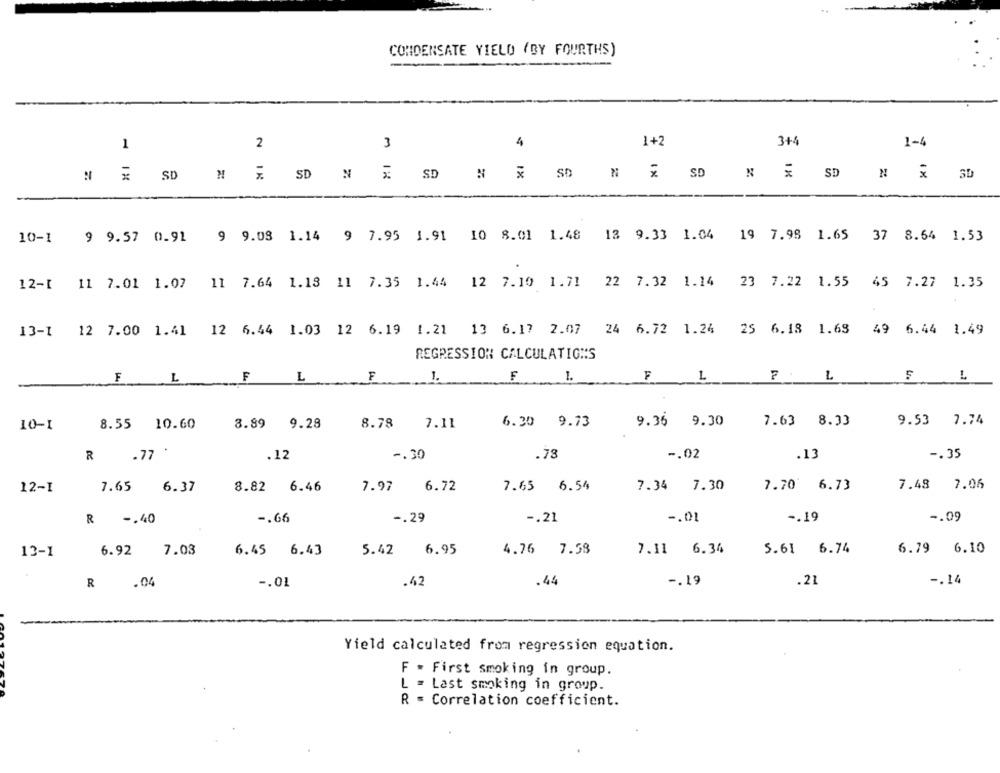
CONDENSATE YIELD (BY FOURTHS)
1
2
3
4
1+2
3+4
1-4
# x SD ₦ % SD N % SD # X SD N % SD N X SD N X 3D
10-1
9 9.57 0.91 9 9.08 1.14 9 7.95 1.91 10 8.01 1.48
13 9.33 1.04 19 7.98 1.65 37 8.54 1.53
12-[ 11 7.01 1.07 11 7.64 1.18 11 7.35 1.44
12 7.10 1.71 22 7.32 1.14 23 7.22 1.55 45 7.27
1.35
13-1 12 7.00 1.41 12 6.44 1.03 12 6.19
1.21 13 6.17 2.07 24 6.72 1.24 25 6.18 1.63 49 6.44 1.49
REGRESSION CALCULATIONS
F
L
F
L
F
1.
F
1.
F
L
L
5
L
10-1
8.55 10.60
8.89 9.28
8.78
7.11
6.30 9.73
9.36 9.30
7.63 8.33
9.53 7.74
R
-77 .
.12
-. 30
.78
-. 02
.13
-. 35
7.65
6.72
7.65 6.54
7.34 7.30
7.70 6.73
7.48 7.06
12-1
6.37
8.82 6.46
7.97
-. 66
-. 21
-. 01
-. 19
-. 09
R -. 40
-. 29
5.61 6.74
6.79 6.10
13-1
6.92 7.03
6.45 6.43
5.42 6.95
4.76 7.58
7.11 6.34
.44
-. 19
.21
-. 14
R .04
-. 01
.42
Yield calculated from regression equation.
F . First smoking in group.
L = Last smoking in group.
R = Correlation coefficient.